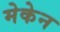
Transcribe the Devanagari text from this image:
मेकेन